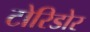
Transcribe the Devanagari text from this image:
टोरिडोर